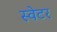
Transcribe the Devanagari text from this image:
स्‍वेटर